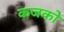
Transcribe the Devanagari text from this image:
कजको